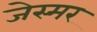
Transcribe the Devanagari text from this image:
जेस्मर